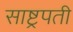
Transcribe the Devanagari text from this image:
साष्ट्रपती